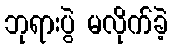
ဘုရားပွဲ မလိုက်ခဲ့